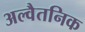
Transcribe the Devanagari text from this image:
अल्वैतनिक